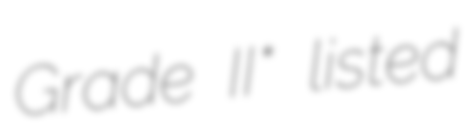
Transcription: Grade II* listed